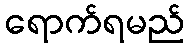
ရောက်ရမည်